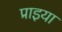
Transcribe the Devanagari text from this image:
प्राइया